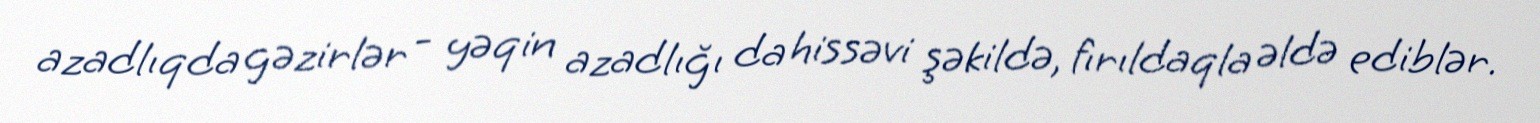
azadlıqda gəzirlər - yəqin azadlığı da hissəvi şəkildə, fırıldaqla əldə ediblər.